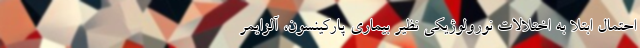
احتمال ابتلا به اختلالات نورولوژیکی نظیر بیماری پارکینسون، آلزایمر